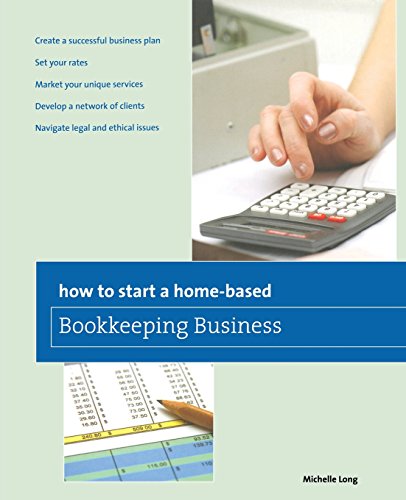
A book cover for How to Start a Home-based Bookkeeping Business (Home-Based Business Series); Michelle Long; Business & Money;